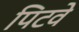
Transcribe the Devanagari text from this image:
पिटवे